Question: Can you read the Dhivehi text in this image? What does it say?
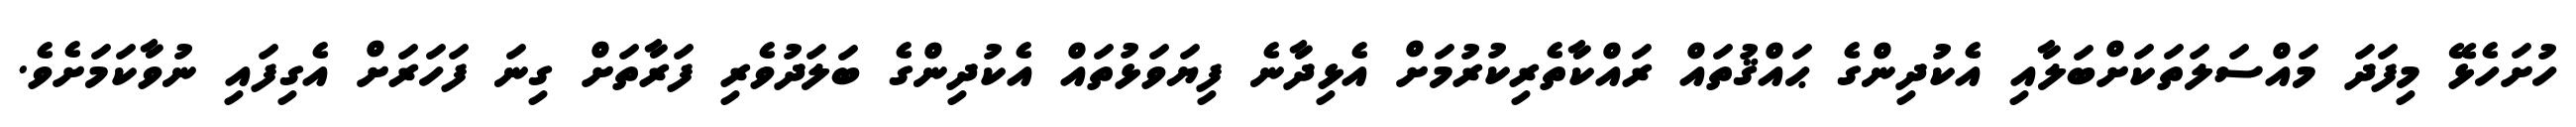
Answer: ހުށަހެޅޭ މިފަދަ މައްސަލަތަކަށްބަލާއި އެކުދިންގެ ޙައްޤުތައް ރައްކާތެރިކުރުމަށް އެޅިދާނެ ފިޔަވަޅުތައް އެކުދިންގެ ބަލަދުވެރި ފަރާތަށް ގިނަ ފަހަރަށް އެގިފައި ނުވާކަމަށެވެ.